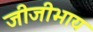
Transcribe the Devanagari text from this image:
जीजीभाय